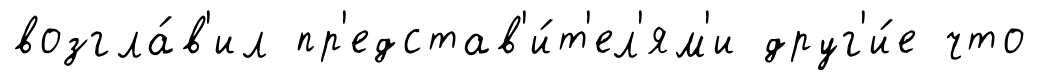
возгла́в'ил пр'едстав'и́т'ел'ям'и друг'и́е что